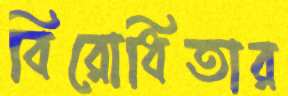
বিরোধিতার